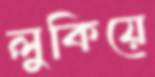
লুকিয়ে